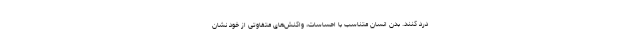
درد کنند. بدن انسان متناسب با احساسات، واکنش‌های متفاوتی از خود نشان